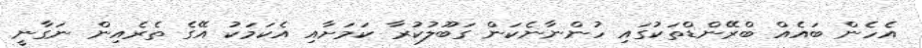
އެހެން ބައެއް ބްރޭންޑްތަކުގައި ހުންނާނެކަން ގަބޫލުކުރާ ކަމަށާއި އެކަމަކު އޭގެ ތެރެއިން ނަގާނީ